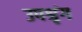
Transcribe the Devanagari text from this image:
उपश्रृंग